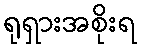
ရုရှားအစိုးရ